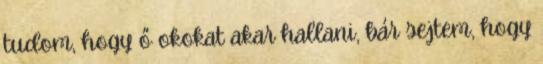
tudom, hogy ő okokat akar hallani, bár sejtem, hogy